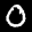
Label: 0